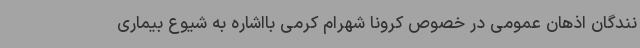
نندگان اذهان عمومی در خصوص کرونا شهرام کرمی بااشاره به شیوع بیماری